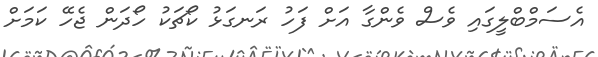
އެސަމްބްލީގައި ވެސް ވެންގާ އަށް ފަހު ރަނގަޅު ކޯޗަކު ހޯދަން ޖެހޭ ކަމަށް